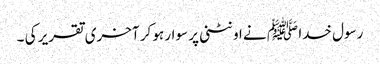
رسول خدا ﷺ نے اونٹنی پر سوار ہو کر آخری تقریر کی ۔